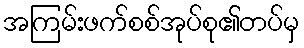
အကြမ်းဖက်စစ်အုပ်စု၏တပ်မှ